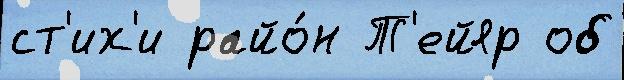
ст'их'и райо́н Т'ейяр об